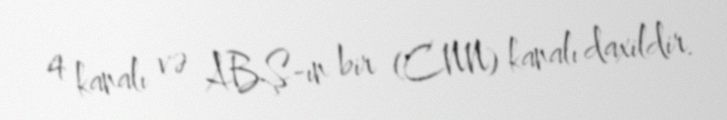
4 kanalı və ABŞ-ın bir (CNN) kanalı daxildir.